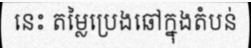
នេះ តម្លៃប្រេងឆៅក្នុងតំបន់